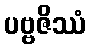
ပဗ္ဗဇိဿံ